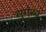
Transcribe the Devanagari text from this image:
सुगंन्ध